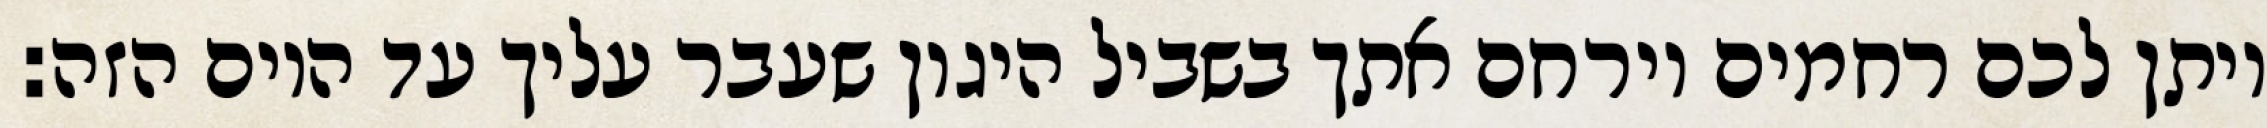
ויתן לכם רחמים וירחם אתך בשביל היגון שעבר עליך עד היום הזה: